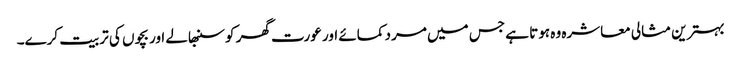
بہترین مثالی معاشرہ وہ ہوتا ہے جس میں مرد کمائے اور عورت گھر کو سنبھالے اور بچوں کی تربیت کرے۔